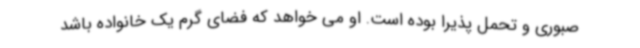
صبوری و تحمل پذیرا بوده است. او می خواهد که فضای گرم یک خانواده باشد